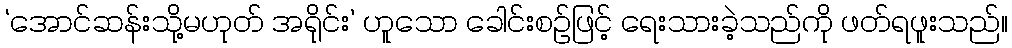
‘အောင်ဆန်းသို့မဟုတ် အရိုင်း’ ဟူသော ခေါင်းစဉ်ဖြင့် ရေးသားခဲ့သည်ကို ဖတ်ရဖူးသည်။